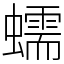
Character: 蠕